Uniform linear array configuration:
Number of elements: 48
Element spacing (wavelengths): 0.5
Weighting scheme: hann
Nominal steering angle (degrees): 45
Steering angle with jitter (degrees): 43.73
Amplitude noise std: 0.05
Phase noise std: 0.05

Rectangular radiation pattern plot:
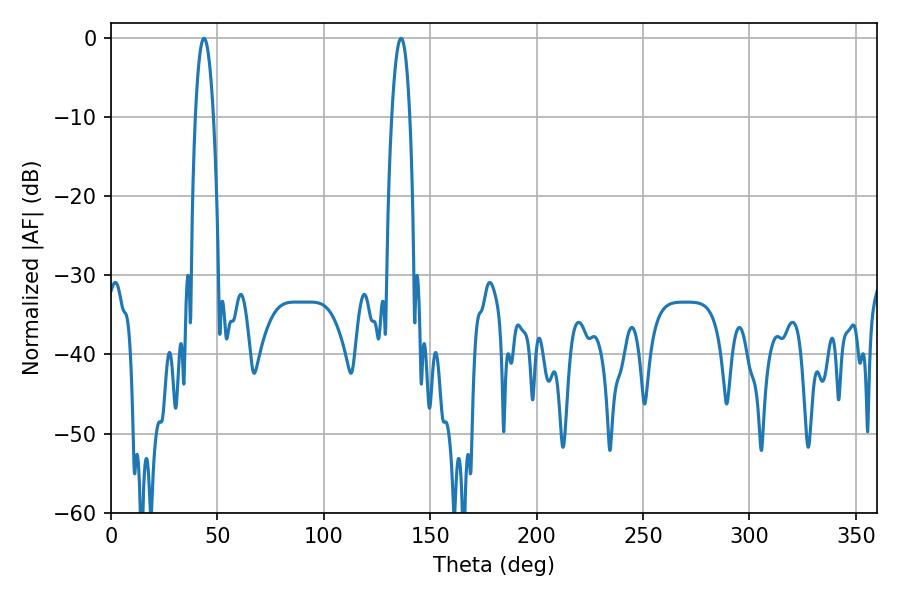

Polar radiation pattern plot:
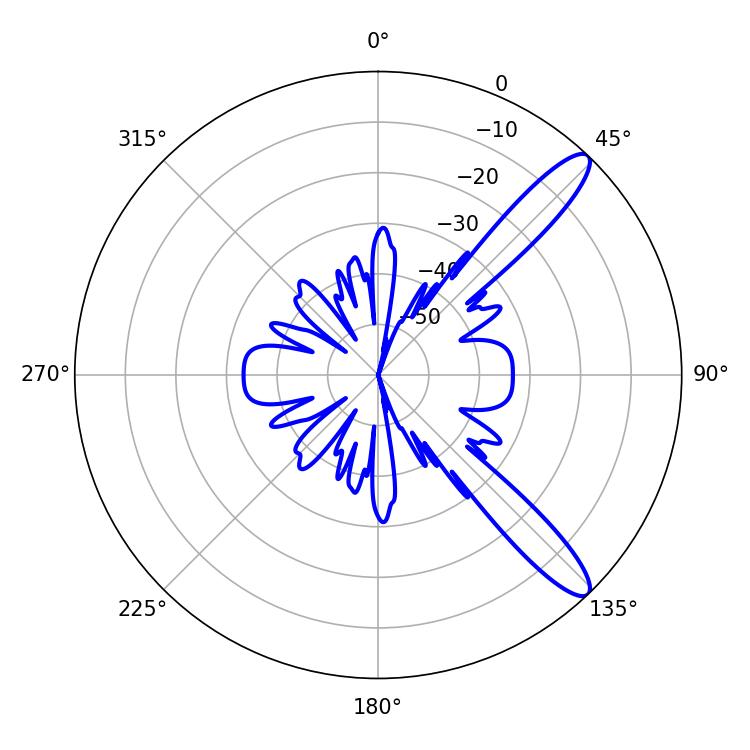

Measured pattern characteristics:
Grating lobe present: FALSE
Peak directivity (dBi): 12.124
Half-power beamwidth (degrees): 4.68
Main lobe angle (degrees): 43.74